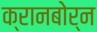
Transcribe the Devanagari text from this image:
क्रानबोर्न